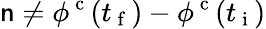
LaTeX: \mathsf{n}\ne\phi^{\mathrm{{~c~}}}(t_{\mathrm{{~f~}}})-\phi^{\mathrm{{~c~}}}(t_{\mathrm{{~i~}}})